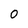
Character: 0